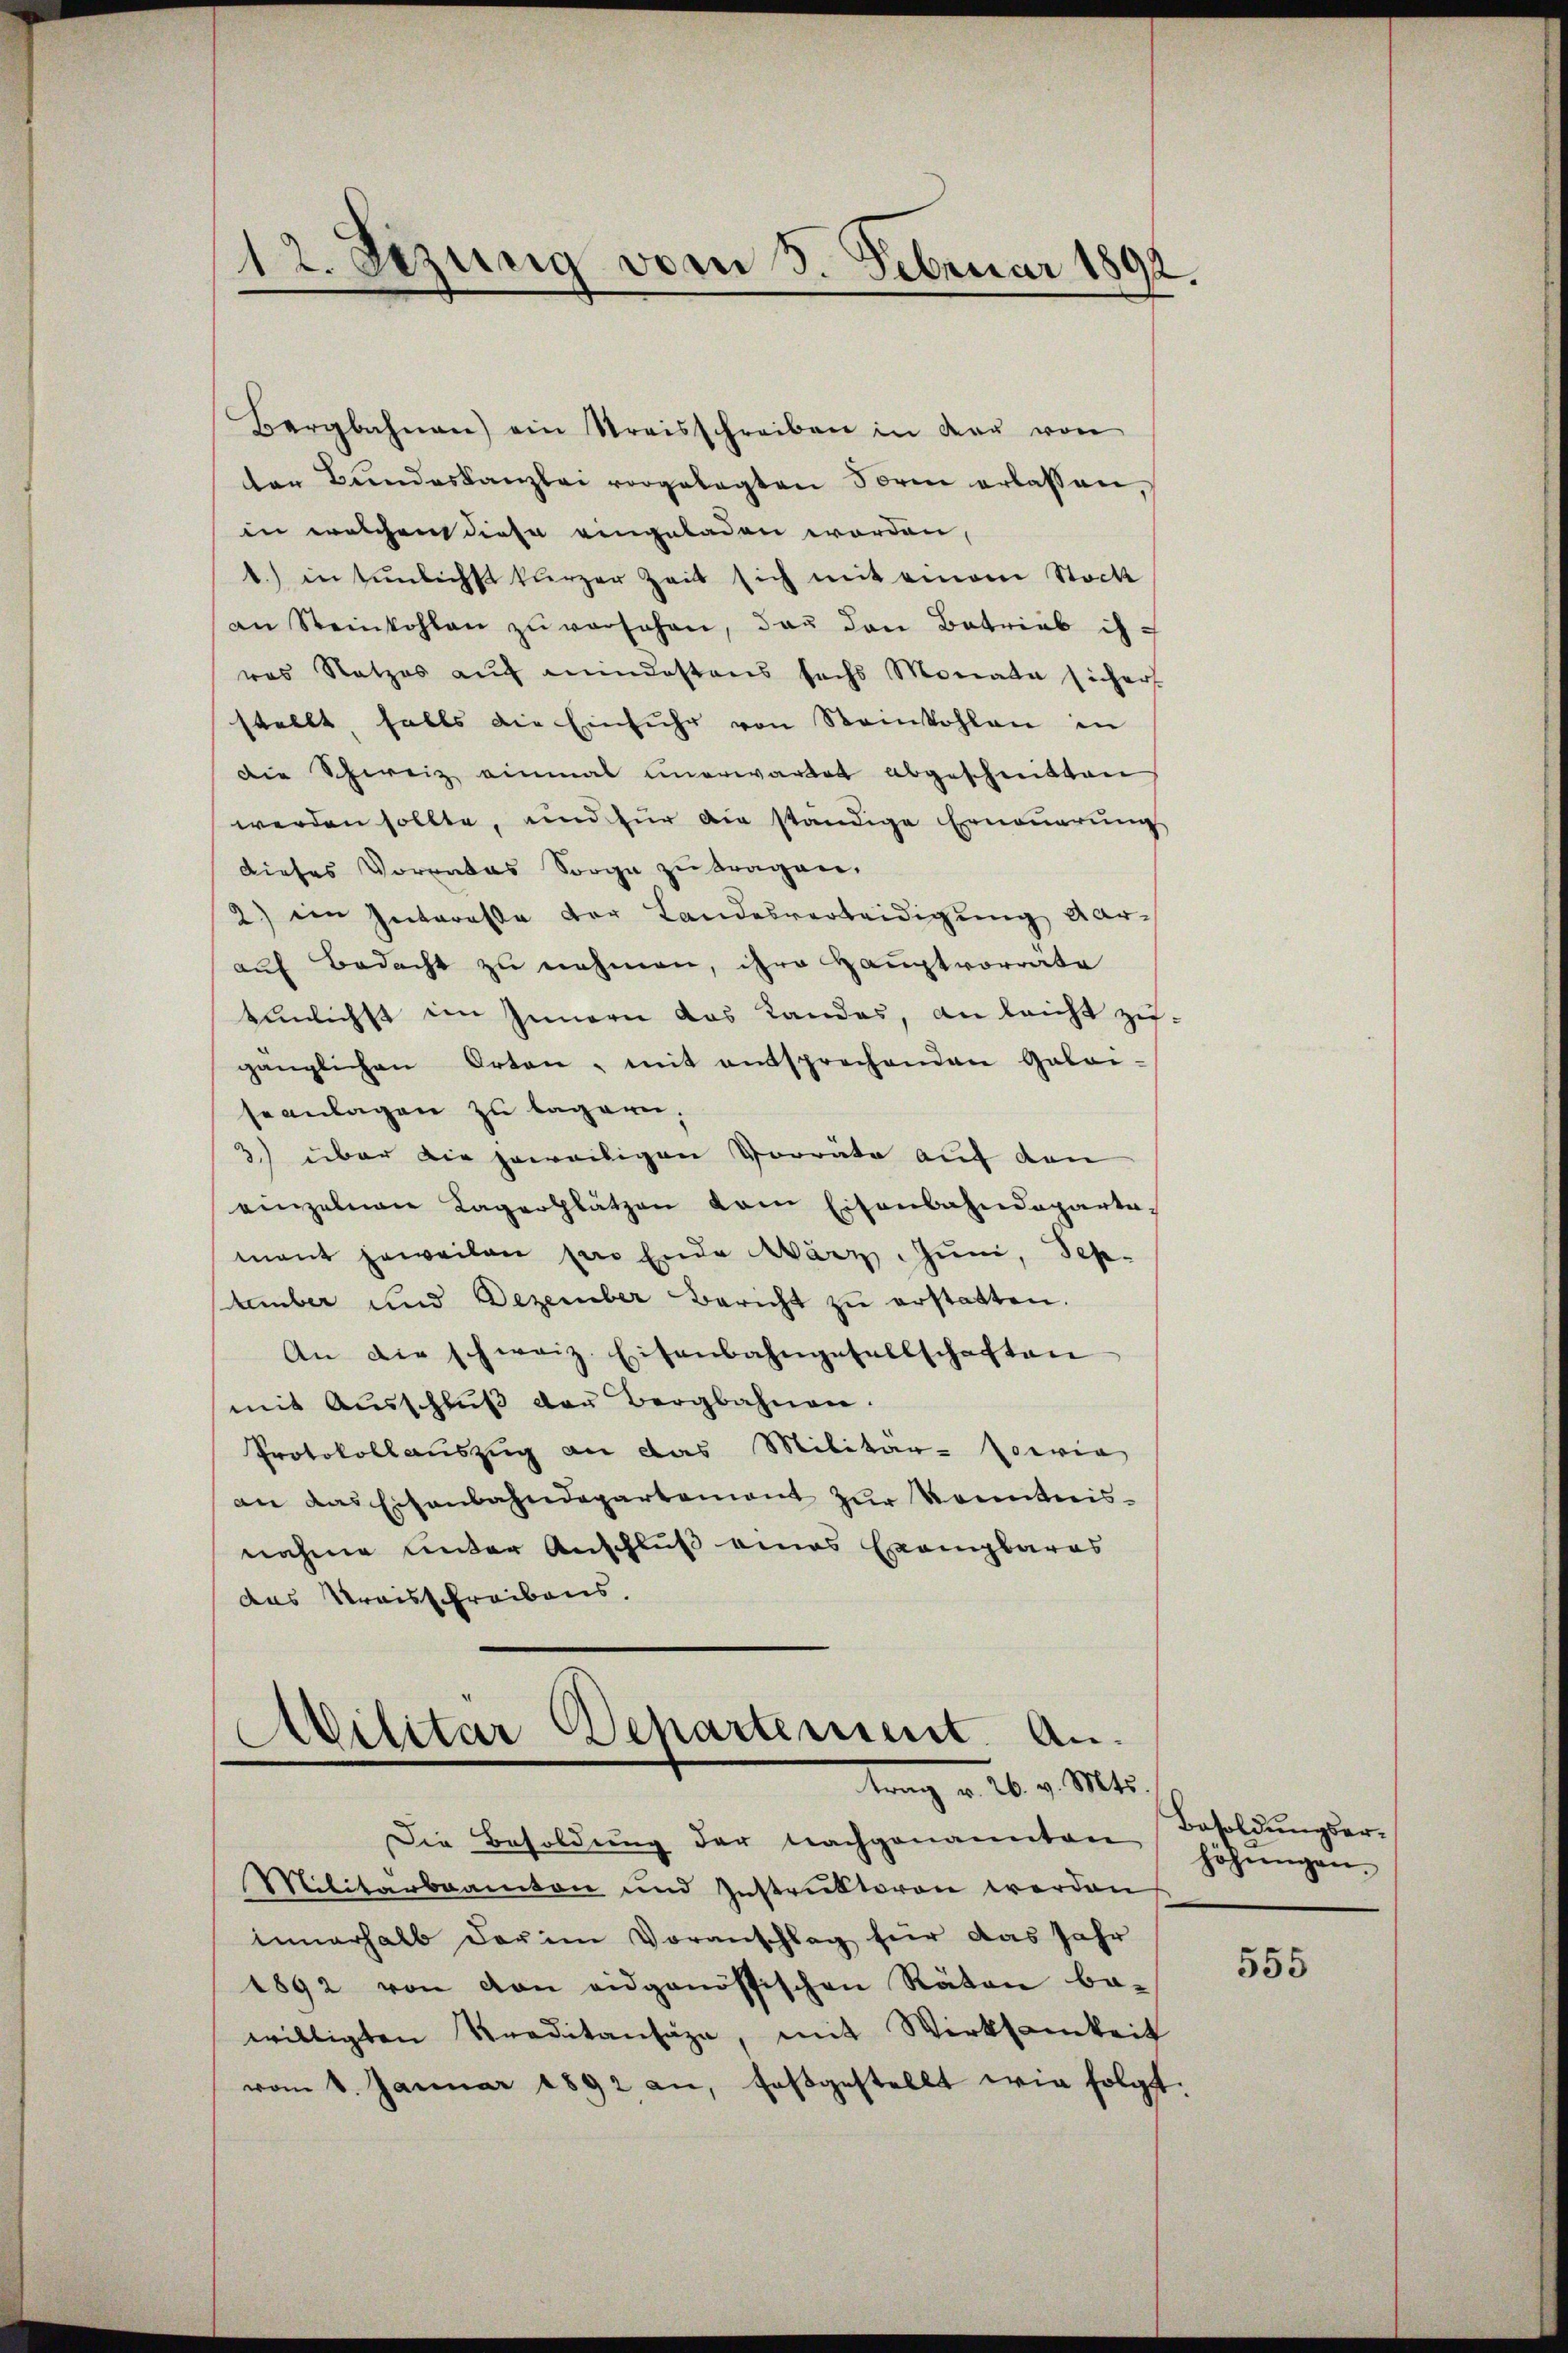
12. Sezung vom 3. Februar 1892.

Bergbahnen) ein Streisschreiben in der von
ter Bŭndeskanzlei vorgelegten Form erlassen
in welchem diese eingeladen worden,
b.) in tunlichst kurzer Zeit sich mit einem Stock
an Steinkohlen zŭ versehen, das den Betrieb ih
res Ratzes aŭf mindestens sechs Monata sicher
stellt halts die Einfuhr von Steinkohlen in
Die Schweiz einmal unerwartet abgeschnitten
werden sollte, und für die ständige Erneuerung
dieses Vorrates Sorge zu tragen.
2) ein Interasse der Landesverteidigung darauf Bedacht zu nehmen, ihre Hauptvorräte
tunlichst im Innern das Landes, an leicht zu-
gänzlichen Orten - mit entsprechenden Galai-
seanlagen zu tagern.
3.) über die jeweiligen Vorräte auf den
einzelnen Lagerplätzen vom Eisenbahndeparta-
mant jeweilen par Ende März. Juni, September und Dezember Bericht zu erstatten.
An die schweiz. Eisenbahngesellschaften
mit Ausschlŭβ der Bergbahnen.
Protokollauszug an das Militär-Coeria
an das Eisenbahndepartement zur Kenntnisnahme unter Anschluß eines Exemplares
das Kreisschreibens.

.
Militar Departement. An
trag v. 26. v. Mts.
Die Besoldung der nachgenannten
Militärbeamten und Instruktoren werden

innerhalb der im Voranschlag für das Jahr
1892 von von eidgenössischen Räten be-
willigten Kreditansaze, mit Wirksamkeit
vom 1. Januar 1892 an, festgestellt wie folgt.

Besoldungserhöhŭngen.

555